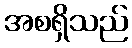
အစရှိသည်